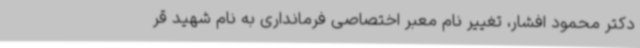
دکتر محمود افشار، تغییر نام معبر اختصاصی فرمانداری به نام شهید قر